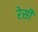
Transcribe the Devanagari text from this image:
रेसी